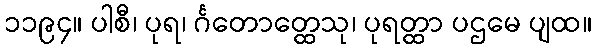
၁၁၉၄။ ပါစီ၊ ပုရ၊ င်္ဂတောတ္ထေသု၊ ပုရတ္ထာ ပဌမေ ပျထ။